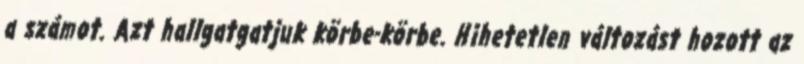
a számot. Azt hallgatgatjuk körbe-körbe. Hihetetlen változást hozott az